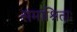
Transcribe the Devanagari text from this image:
समाश्रिताः